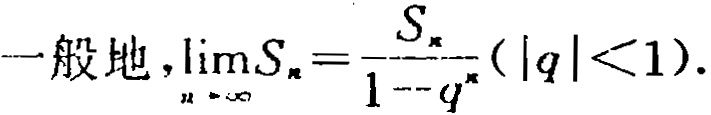
一般地，\(\lim_{n \to \infty}S_{n}=\frac{S_{\infty}}{1 - q^{\infty}}(|q|<1)\)